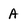
Character: A